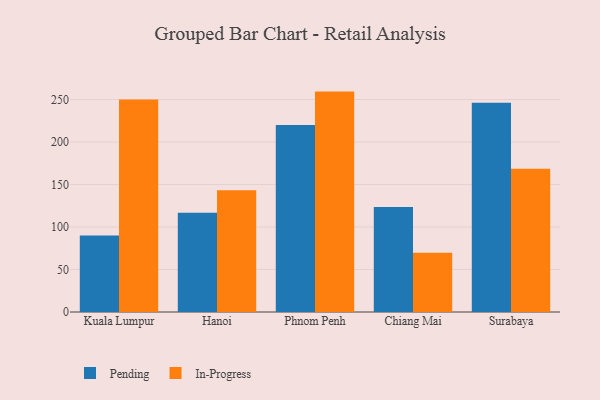
{"axis": {"x": "City", "y": "Revenue (USD Million)"}, "legend": ["In-Progress", "Pending"], "data": [{"x": "Kuala Lumpur", "y": 90.0, "type": "Pending"}, {"x": "Kuala Lumpur", "y": 249.9, "type": "In-Progress"}, {"x": "Hanoi", "y": 116.9, "type": "Pending"}, {"x": "Hanoi", "y": 143.2, "type": "In-Progress"}, {"x": "Phnom Penh", "y": 219.9, "type": "Pending"}, {"x": "Phnom Penh", "y": 259.3, "type": "In-Progress"}, {"x": "Chiang Mai", "y": 123.6, "type": "Pending"}, {"x": "Chiang Mai", "y": 69.6, "type": "In-Progress"}, {"x": "Surabaya", "y": 246.2, "type": "Pending"}, {"x": "Surabaya", "y": 168.6, "type": "In-Progress"}]}